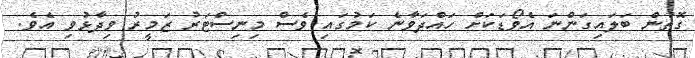
ގޮތުން ބަލައިގަންނަ އެވޯޑަކަށް ހައްދަވާނެ ކަމުގައި ވެސް މިނިސްޓަރު ޒަމީރު ވިދާޅުވި އެވެ.